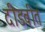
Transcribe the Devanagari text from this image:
दीडवीत